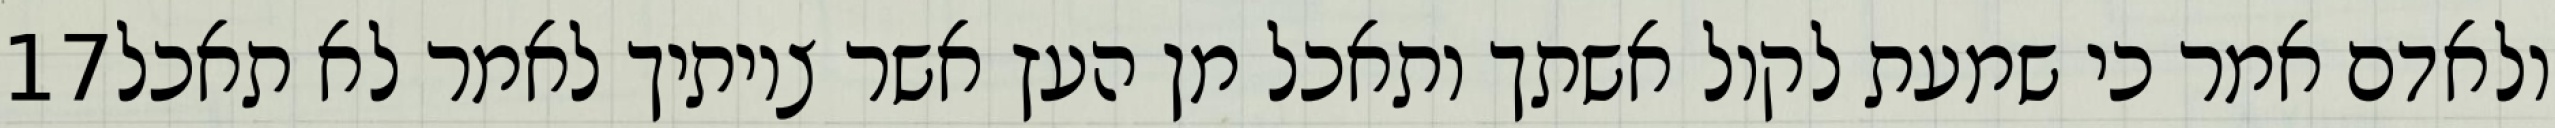
‎17‏ ולאדם אמר כי שמעת לקול אשתך ותאכל מן העץ אשר צויתיך לאמר לא תאכל